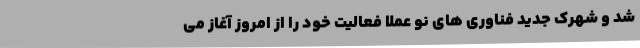
شد و شهرک جدید فناوری های نو عملاً فعالیت خود را از امروز آغاز می